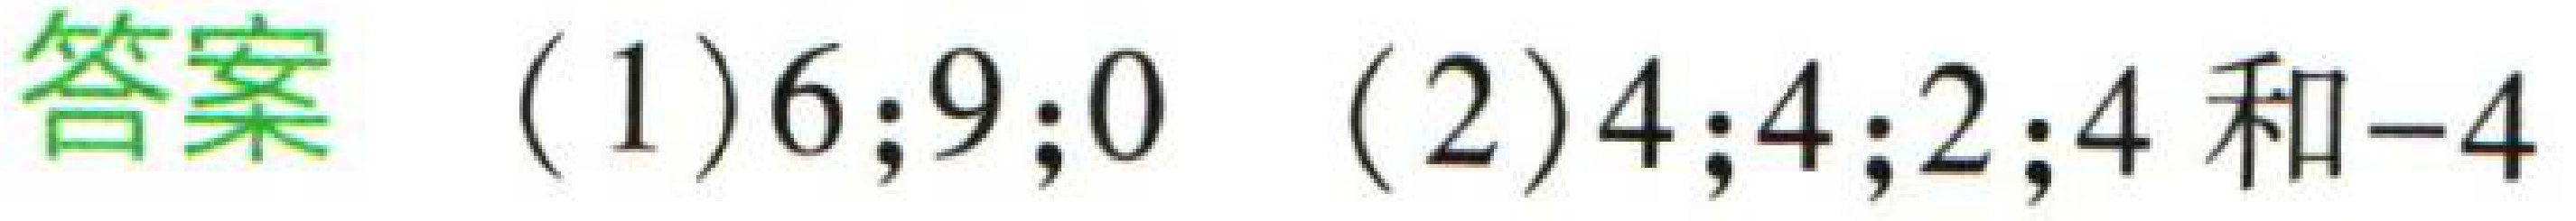
答案 (1)$6;9;0$ (2)$4;4;2;4$和$-4$